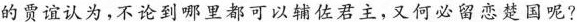
的贾谊认为，不论到哪里都可以辅佐君主，又何必留恋楚国呢?